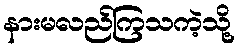
နားမလည်ကြသကဲ့သို့